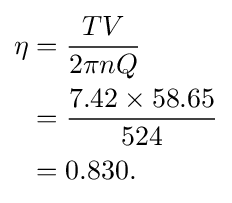
{\begin{aligned}\eta &={\frac {TV}{2\pi nQ}}\\&={\frac {7.42\times 58.65}{524}}\\&=0.830.\end{aligned}}